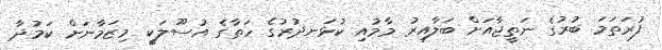
ފުރަތަމަ ބުރުގެ ނަތީޖާއަށް ބަލާއިރު މާމުއި ކުޅަނދުރުގެ ހަތާގެ އުސޫލަކީ މިޒަމާނަށް ކަމުދާ